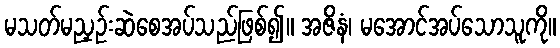
မသတ်မညှဉ်းဆဲစေအပ်သည်ဖြစ်၍။ အဇိနံ၊ မအောင်အပ်သောသူကို။